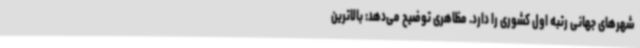
شهرهای جهانی رتبه اول کشوری را دارد. مظاهری توضیح می‌دهد: بالاترین